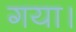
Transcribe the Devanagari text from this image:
गया।